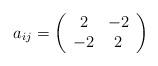
LaTeX: \begin{align*}a_{ij}=\left(\begin{array}{cc} 2&-2\\ -2&2 \end{array}\right)\end{align*}